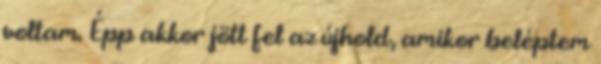
voltam. Épp akkor jött fel az újhold, amikor beléptem